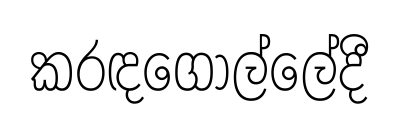
කරඳගොල්ලේදී